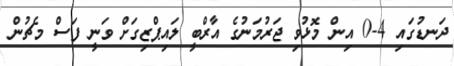
ދަނޑުގައި 4-0 އިން މޮޅުވި ޖަރުމަނުގެ އާރްބީ ލައިޕްޒިގަށް ވަނީ ފަސް މެޗުން